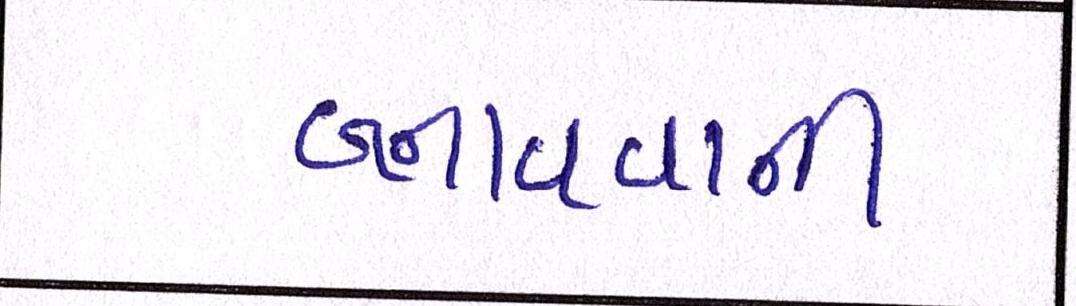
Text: બનાવવાની